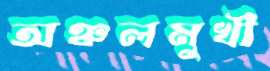
অঞ্চলমুখী